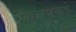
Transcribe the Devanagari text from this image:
ऐकणाऱ्याचे